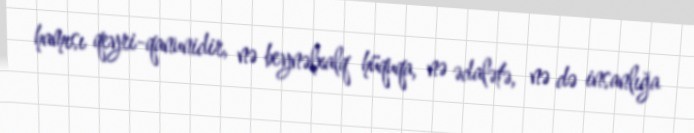
hamısı qeyri-qanunidir, nə beynəlxalq hüquqa, nə ədalətə, nə də insanlığa